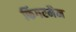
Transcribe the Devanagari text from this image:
फिंगरमैन